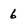
Character: 6